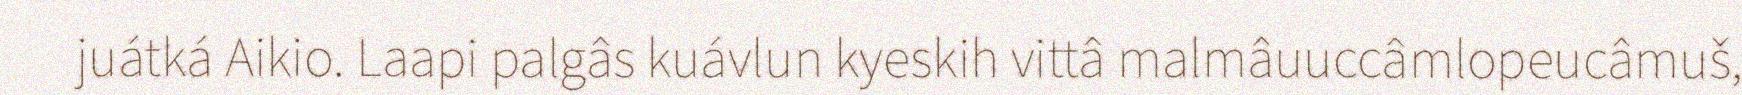
juátká Aikio. Laapi palgâs kuávlun kyeskih vittâ malmâuuccâmlopeucâmuš,